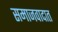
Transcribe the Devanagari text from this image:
समाजवादात